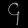
Digit: ၄